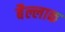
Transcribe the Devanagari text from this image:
बैल्लाक